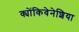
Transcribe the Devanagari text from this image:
क्योंकिवेनेशिया